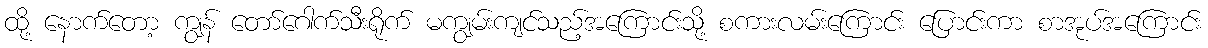
ထို့ နောက်တော့ ကျွန် တော်ဂေါက်သီးရိုက် မကျွမ်းကျင်သည့်အကြောင်းသို့ စကားလမ်းကြောင်း ပြောင်းကာ စာအုပ်အကြောင်း